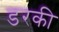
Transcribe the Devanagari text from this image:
डरकी